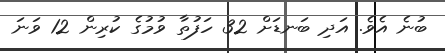
ބުނެ އެވެ. އަދި ބަނޑަށް 32 ހަފުތާ ވުމުގެ ކުރިން 12 ވަނަ